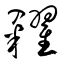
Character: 糴